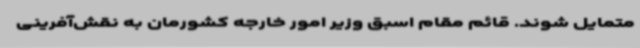
متمایل شوند. قائم مقام اسبق وزیر امور خارجه کشورمان به نقش‌آفرینی